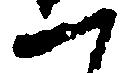
一